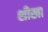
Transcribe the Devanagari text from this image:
शीखा